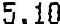
5.10